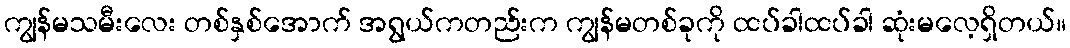
ကျွန်မသမီးလေး တစ်နှစ်အောက် အရွယ်ကတည်းက ကျွန်မတစ်ခုကို ထပ်ခါထပ်ခါ ဆုံးမလေ့ရှိတယ်။